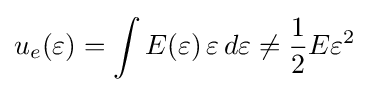
u_{e}(\varepsilon )=\int E(\varepsilon )\,\varepsilon \,d\varepsilon \neq {\frac {1}{2}}E\varepsilon ^{2}